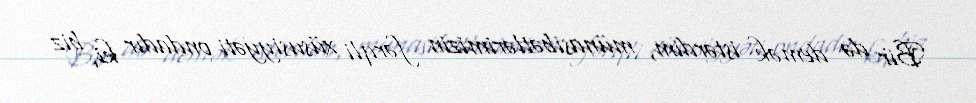
Bir də demək istərdim, münasibətlərimizin fərqli xüsusiyyəti ondadır ki, biz